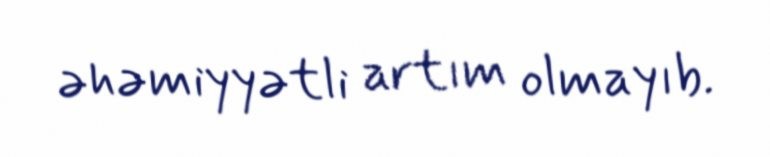
əhəmiyyətli artım olmayıb.